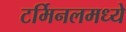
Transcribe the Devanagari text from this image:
टर्मिनलमध्ये